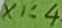
Text: X1:4